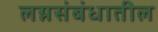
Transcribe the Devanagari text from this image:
लग्नसंबंधातील